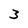
Character: 3